Medical and sanitary report of the native army of Bengal for the year
Year: 1877
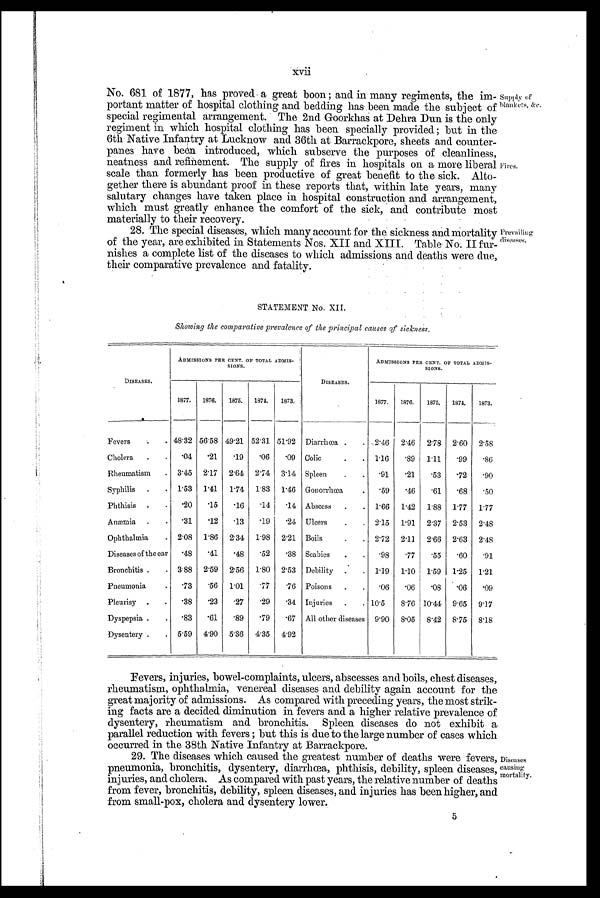
XVii
No. 681 of 1877, has proved a great boon ; and in many regiments, the im-
portant matter of hospital clothing and bedding has been made the subject of
special regimental arrangement. The 2nd Goorkhas at Dehra Dun is the only
regiment in which hospital clothing has been specially provided ; but in the
6th Native Infantry at Lucknow and 36th at Barrackpore, sheets and counter-
panes have been introduced, which subserve the purposes of cleanliness,
neatness and refinement. The supply of fires in hospitals on a more liberal
scale than formerly has been productive of great benefit to the sick. Alto-
gether there is abundant proof in these reports that, within late years, many
salutary changes have taken place in hospital construction and arrangement,
which must greatly enhance the comfort of the sick, and contribute most
materially to their recovery.
28. The special diseases, which many account for the sickness and mortality
of the year, are exhibited in Statements Nos. XII and XIII. Table No. II fur-
nishes a complete list of the diseases to which admissions and deaths were due,
their comparative prevalence and fatality.
Supply of
blalikets, &e.
Fi res.
Prevailing
di seases.
STATEMENT No. XII.
Showing the comparative prevalence of the principal causes of sickness.
DISEASES.
ADMISSIONS PER CENT. OP TOTAL ADMIS-
SIONS.
DISEASES.
ADMISSIONS PER CENT. OP TOTAL ADMIS-
SIONS.
1877.
1876.
1875.
1874.
1873.
1877.
1876.
1875,
1874,
1873.
Fevers
48.32 56.58 49.21 52.31 51.92 Diarrhoea
2.46 2.46 2.78 2.60
2 . 5 8
Cholera
.04
.21
.19
.06
.09 Colic
1.16
.89 1.11
.99
.86
Rheumatism
3.45 2.17 2.64 2.74 3.14 Spleen
.91
.21
.53
.72
.90
Syphilis
1.53 1.41
1.74 1.83 1.46 Gonorrhoea
.59
.46
.61
.68
.50
Phthisis
.20
.15
.16
.14
.14 Abscess
1.66 1.42 1.88 1.77 1.77
Anaemia
.31
.12
.13
.19
.24 Ulcers
2.15 1.91 2.37 2.53 2.48
Ophthalmia
2.08 1.86 2.34 1.98 2.21 Boils
2.72 2.11 2.66 2.63 2.48
Diseases of the ear .48
.41
.48
.52
.38 Scabies
.98
.77
.55
.60
.91
Bronchitis
3.88 2.59 2.56 1.80 2.53 Debility
1.19 1.10 1.59 1.25 1.21
Pneumonia
.73
.56
1.01
. 7 7
.76 Poisons
.06
.06
.08
.06
.09
Pleurisy
.38
.23
.27
.29
.34 Injuries
10.5
8.76 10.44 9.65 9.17
Dyspepsia
.83
.61
.89
.79
.67 All other diseases 9.90 8.05 8.42 8.75 8.18
Dysentery
5.59 4.90 5.36 4.35 4.92
Fevers, injuries, bowel-complaints, ulcers, abscesses and boils, chest diseases,
rheumatism, ophthalmia, venereal diseases and debility again account for the
great majority of admissions. As compared with preceding years, the most strik-
ing facts are a decided diminution in fevers and a higher relative prevalence of
dysentery, rheumatism and bronchitis. Spleen diseases do not exhibit a
parallel reduction with fevers ; but this is due to the large number of cases which
occurred in the 38th Native Infantry at Barrackpore.
29. The diseases which caused the greatest number of deaths were fevers,
pneumonia, bronchitis, dysentery, diarrhoea, phthisis, debility, spleen diseases,
injuries, and cholera. As compared with past years, the relative number of deaths
from fever, bronchitis, debility, spleen diseases, and injuries has been higher, and
from small-pox, cholera and dysentery lower.
D i s e a s e s
c a u s i n g
mortality.
5